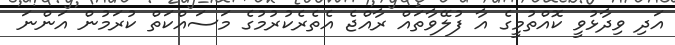
އަދި ވިދާޅުވީ ކޮއްތުމީގެ އާ ފުލޭވާތައް ރާއްޖެ އެތެރެކުރުމުގެ މަސައްކަތް ކުރަމުން އަންނަ